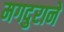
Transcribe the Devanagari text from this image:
मगदुराने